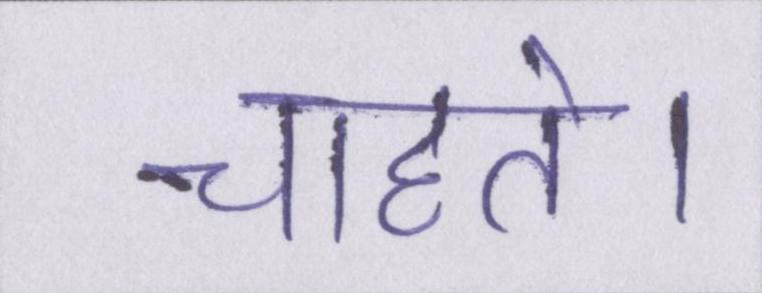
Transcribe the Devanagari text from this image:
चाहते।